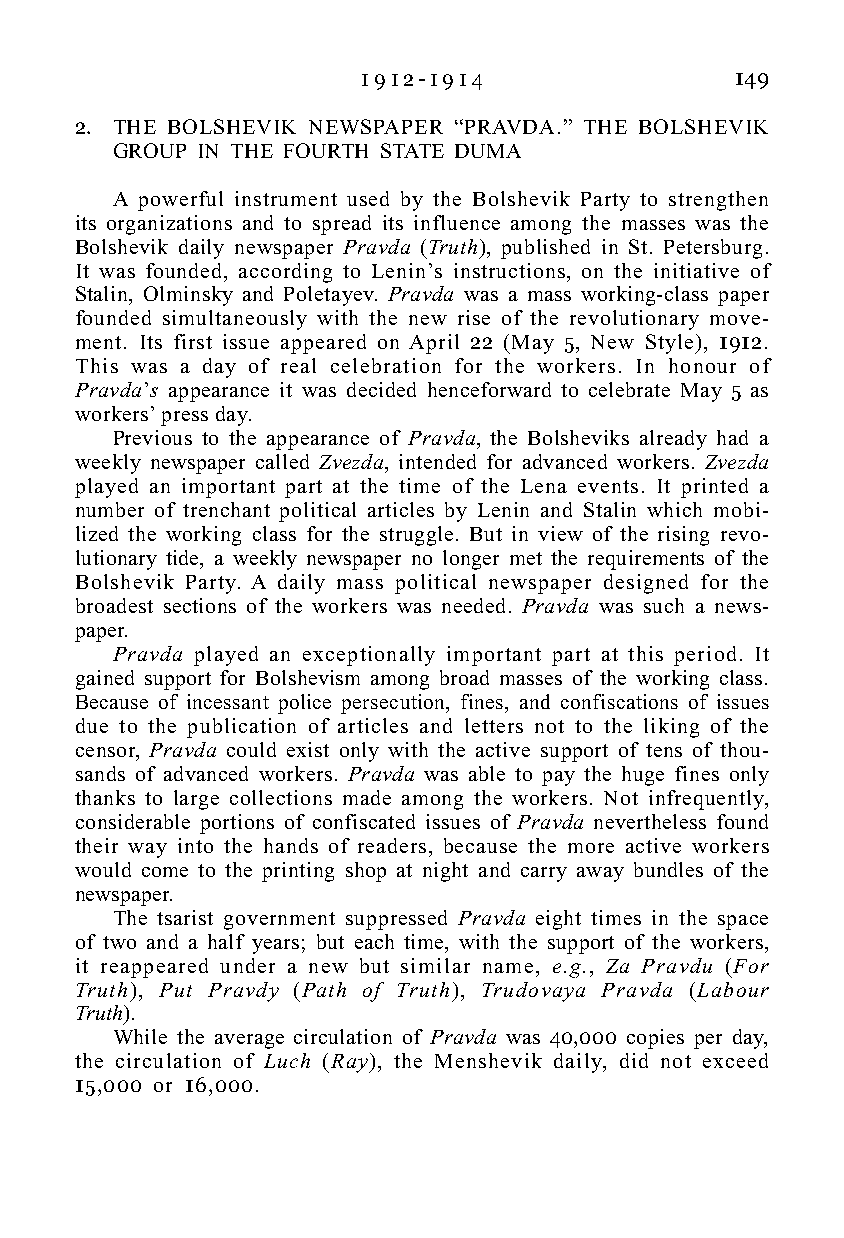
1 9 1 2 - 1 9 1 4        149
 2. THE BOLSHEVIK NEWSPAPER “PRAVDA.” THE BOLSHEVIK
 GROUP IN THE FOURTH STATE DUMA
 A powerful instrument used by the Bolshevik Party to strengthen
 its organizations and to spread its influence among the masses was the
 Bolshevik daily newspaper Pravda (Truth), published in St. Petersburg.
 It was founded, according to Lenin’s instructions, on the initiative of
 Stalin, Olminsky and Poletayev. Pravda was a mass working-class paper
 founded simultaneously with the new rise of the revolutionary move-
 ment. Its first issue appeared on April 22 (May 5, New Style), 1912.
 This was a day of real celebration for the workers. In honour of
 Pravda’s appearance it was decided henceforward to celebrate May 5 as
 workers’ press day.
 Previous to the appearance of Pravda, the Bolsheviks already had a
 weekly newspaper called Zvezda, intended for advanced workers. Zvezda
 played an important part at the time of the Lena events. It printed a
 number of trenchant political articles by Lenin and Stalin which mobi-
 lized the working class for the struggle. But in view of the rising revo-
 lutionary tide, a weekly newspaper no longer met the requirements of the
 Bolshevik Party. A daily mass political newspaper designed for the
 broadest sections of the workers was needed. Pravda was such a news-
 paper.
 Pravda played an exceptionally important part at this period. It
 gained support for Bolshevism among broad masses of the working class.
 Because of incessant police persecution, fines, and confiscations of issues
 due to the publication of articles and letters not to the liking of the
 censor, Pravda could exist only with the active support of tens of thou-
 sands of advanced workers. Pravda was able to pay the huge fines only
 thanks to large collections made among the workers. Not infrequently,
 considerable portions of confiscated issues of Pravda nevertheless found
 their way into the hands of readers, because the more active workers
 would come to the printing shop at night and carry away bundles of the
 newspaper.
 The tsarist government suppressed Pravda eight times in the space
 of two and a half years; but each time, with the support of the workers,
 it reappeared under a new but similar name, e.g., Za Pravdu (For
 Truth), Put Pravdy (Path of Truth), Trudovaya Pravda (Labour
 Truth).
 While the average circulation of Pravda was 40,000 copies per day,
 the circulation of Luch (Ray), the Menshevik daily, did not exceed
 15,000 or 16,000.